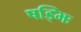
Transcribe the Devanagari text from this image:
षड्भिः